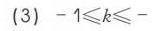
(3) \(-1\leqslant k\leqslant -\)